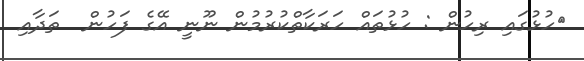
ހުޅުގައި ރިހުން : ހުޅުތައް ހަރަކާތްކުރުމުން ނޫނީ އޭގެ ފަހުން  ތަދާއި